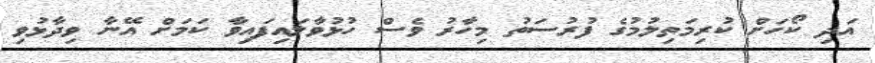
އަދި ކޯހަށް ކުރިމަތިލުމުގެ ފުރުސަތު މިހާރު ވެސް ހުޅުވާލައިފައިވާ ކަމަށް އޭނާ ވިދާޅުވި